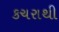
કચરાથી